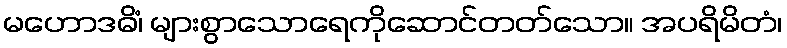
မဟောဒဓိံ၊ များစွာသောရေကိုဆောင်တတ်သော။ အပရိမိတံ၊